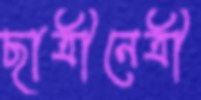
ছাত্রীনেত্রী